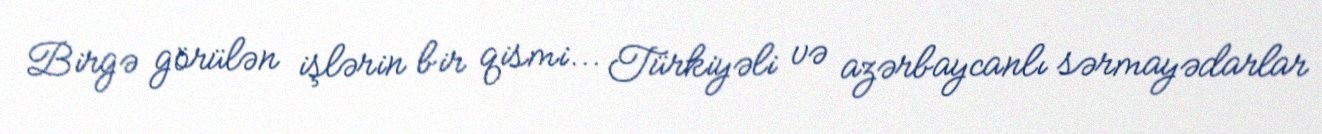
Birgə görülən işlərin bir qismi... Türkiyəli və azərbaycanlı sərmayədarlar